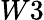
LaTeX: W3